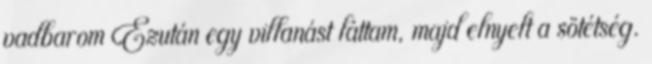
vadbarom Ezután egy villanást láttam, majd elnyelt a sötétség.